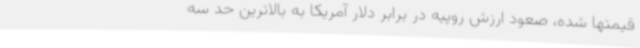
قیمتها شده، صعود ارزش روپیه در برابر دلار آمریکا به بالاترین حد سه